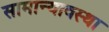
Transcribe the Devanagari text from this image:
सामान्यावस्था